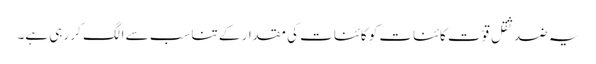
یہ ضد ثقل قوّت کائنات کو کائنات کی مقدار کے تناسب سے الگ کر رہی ہے۔